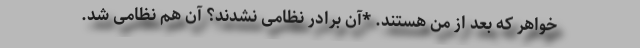
خواهر که بعد از من هستند. *آن برادر نظامی نشدند؟ آن هم نظامی شد.